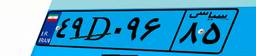
۴۹D۵۵۵۰۵